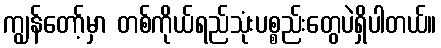
ကျွန်တော့်မှာ တစ်ကိုယ်ရည်သုံးပစ္စည်းတွေပဲရှိပါတယ်။